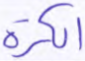
الكرة